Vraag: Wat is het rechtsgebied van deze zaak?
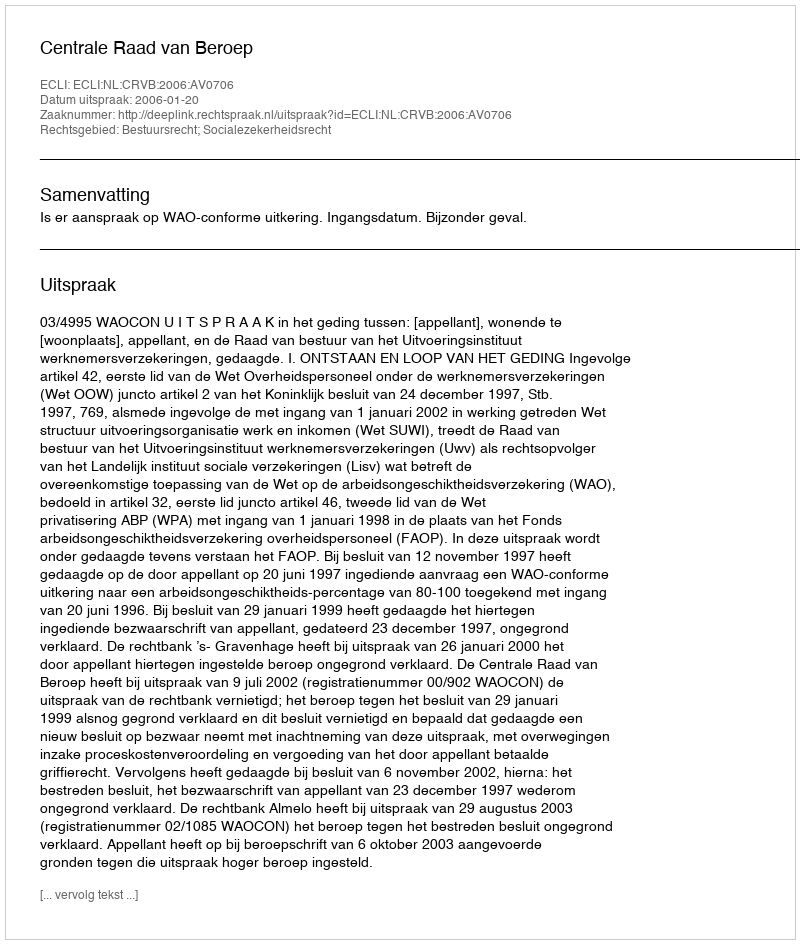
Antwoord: Bestuursrecht; Socialezekerheidsrecht